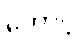
တောင့်